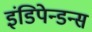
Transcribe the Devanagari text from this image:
इंडिपेन्डन्स